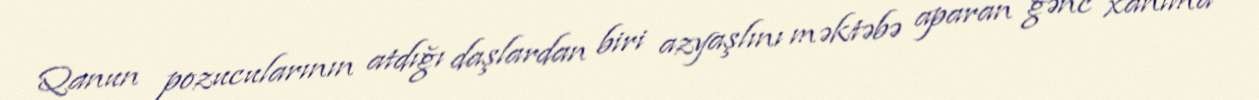
Qanun pozucularının atdığı daşlardan biri azyaşlını məktəbə aparan gənc xanıma